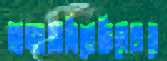
অড্ডাজমিতেছিলেথামে